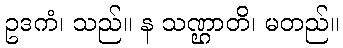
ဥဒကံ၊ သည်။ န သဏ္ဌာတိ၊ မတည်။